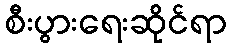
စီးပွားရေးဆိုင်ရာ